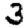
Digit: 3